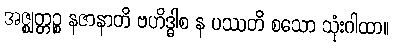
အဇ္ဈတ္တဉ္စ နဇာနာတိ ဗဟိဒ္ဓါစ န ပဿတိ စသော သုံးဂါထာ။